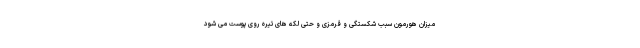
میزان هورمون سبب شکستگی و قرمزی و حتی لکه های تیره روی پوست می شود